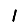
Digit: 1